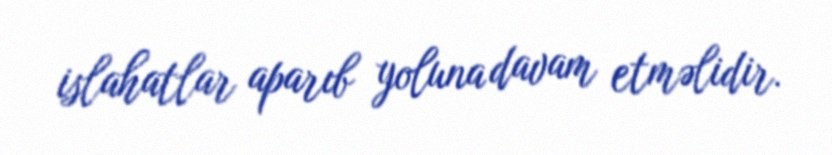
islahatlar aparıb yoluna davam etməlidir.